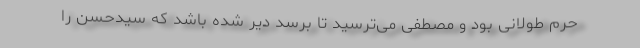
حرم طولانی بود و مصطفی می‌ترسید تا برسد دیر شده باشد که سیدحسن را